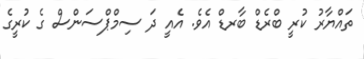
ތައްޔާރު ކުރީ ބްރެޑް ބާރޑް އެވެ. އެއީ ދަ ސިމްޕްސަންސް ގެ ކުރީގެ